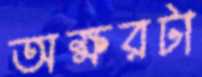
অক্ষরটা